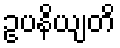
ဥပနိယျတိ